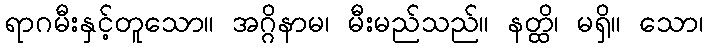
ရာဂမီးနှင့်တူသော။ အဂ္ဂိနာမ၊ မီးမည်သည်။ နတ္ထိ၊ မရှိ။ သော၊